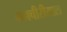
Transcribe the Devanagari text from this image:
मनचीरीयाल